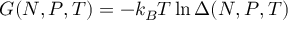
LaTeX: G ( N , P , T ) = - k _ { B } T \ln \Delta ( N , P , T ) \;